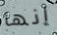
إنها